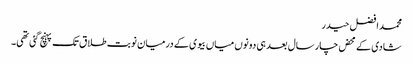
محمد افضل حیدر
شادی کے محض چار سال بعد ہی دونوں میاں بیوی کے درمیان نوبت طلاق تک پہنچ گئی تھی۔